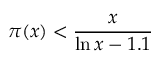
\pi ( x ) < { \frac { x } { \ln x - 1 . 1 } }